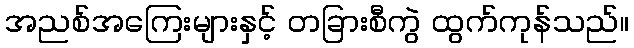
အညစ်အကြေးများနှင့် တခြားစီကွဲ ထွက်ကုန်သည်။